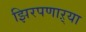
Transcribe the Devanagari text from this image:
झिरपणाऱ्या